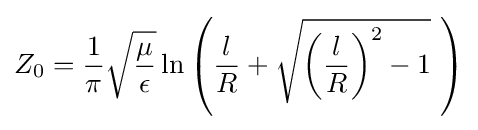
Z_{0}={\frac {1}{\pi }}{\sqrt {\frac {\mu }{\epsilon }}}\ln \left({\frac {l}{R}}+{\sqrt {\left({\frac {l}{R}}\right)^{2}-1}}~\right)